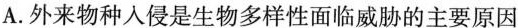
A.外来物种入侵是生物多样性面临威胁的主要原因